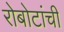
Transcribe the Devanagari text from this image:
रोबोटांची